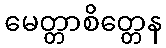
မေတ္တာစိတ္တေန